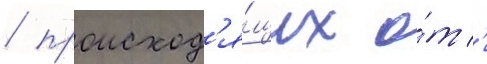
/ происход'я́щих о́т '